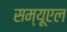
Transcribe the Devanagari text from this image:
सम्यूएल